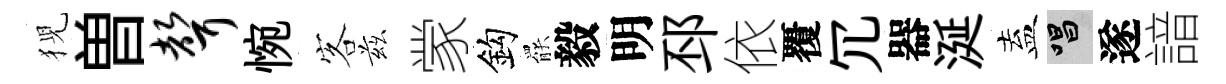
猊曽声惋客兹䝉鈎罷毅明邳依覆冗器涎盍唱遂諳